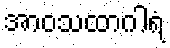
အာဝသထာဂါရံ